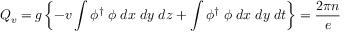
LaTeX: Q _ { v } = g \left\{ - v \int \phi ^ { \dagger } \; \phi \; d x \; d y \; d z + \int \phi ^ { \dagger } \; \phi \; d x \; d y \; d t \right\} = \frac { 2 \pi n } { e }